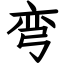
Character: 弯